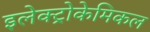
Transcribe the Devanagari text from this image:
इलेक्ट्रोकेमिकल